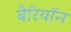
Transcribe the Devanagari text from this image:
बैरियॉन